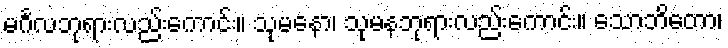
မင်္ဂလဘုရားလည်းကောင်း။ သုမနော၊ သုမနဘုရားလည်းကောင်း။ သောဘိတော၊